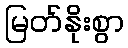
မြတ်နိုးစွာ